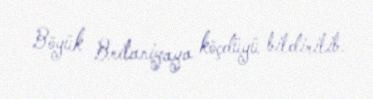
Böyük Britaniyaya köçdüyü bildirilib.